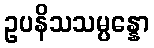
ဥပနိသသမ္ပန္နော